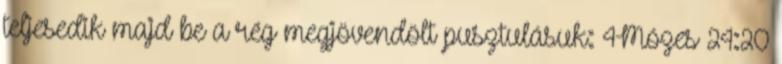
teljesedik majd be a rég megjövendölt pusztulásuk: 4Mózes 24:20